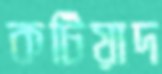
কটিয়াদ